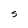
Character: S